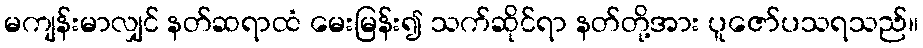
မကျန်းမာလျှင် နတ်ဆရာထံ မေးမြန်း၍ သက်ဆိုင်ရာ နတ်တို့အား ပူဇော်ပသရသည်။